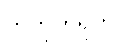
ကိုတိုက်ရိုက်